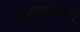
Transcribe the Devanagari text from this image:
नारायनगंज